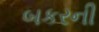
બકરની